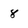
Character: 8